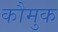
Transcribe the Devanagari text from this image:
कौमुक